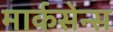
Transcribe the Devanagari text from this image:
मार्कसेन्स